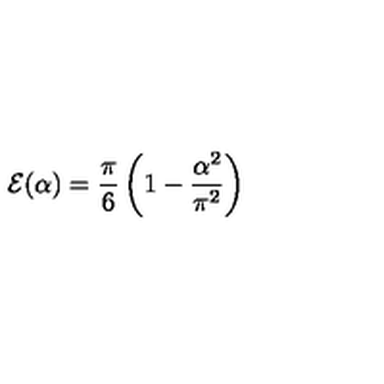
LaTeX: { \cal E } ( \alpha ) = { \frac { \pi } { 6 } } \left( 1 - { \frac { \alpha ^ { 2 } } { \pi ^ { 2 } } } \right)